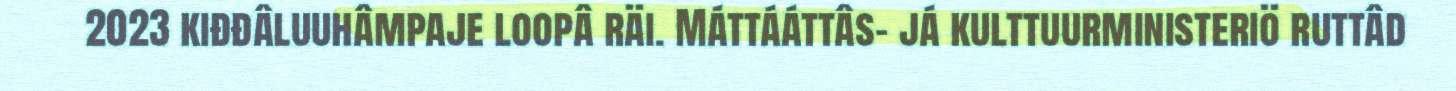
2023 kiđđâluuhâmpaje loopâ räi. Máttááttâs- já kulttuurministeriö ruttâd